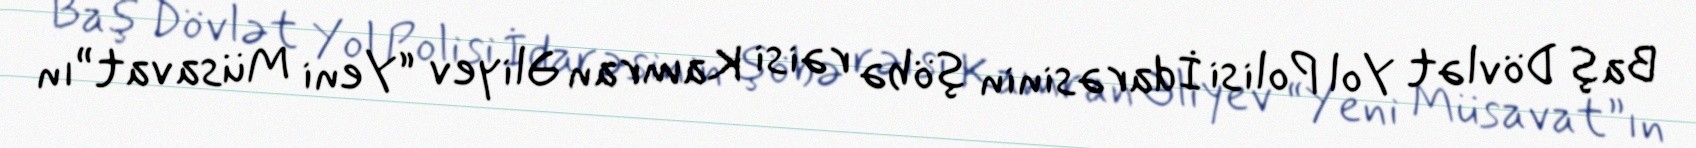
Baş Dövlət Yol Polisi İdarəsinin şöbə rəisi Kamran Əliyev “Yeni Müsavat”ın